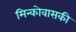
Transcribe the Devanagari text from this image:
मिन्कोवासकी